Lunatic asylums Central Provinces reports 1895-1909 - 1895-1909
Year: 1895
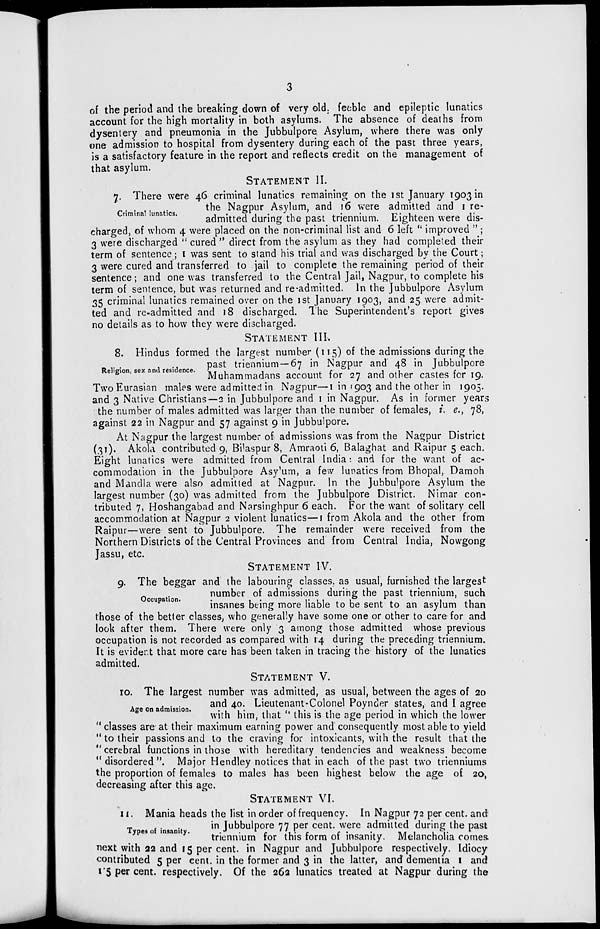
3
of the period and the breaking down of very old. feeble and epileptic lunatics
account for the high mortality in both asylums. The absence of deaths from
dysentery and pneumonia in the Jubbulpore Asylum, where there was only
one admission to hospital from dysentery during each of the past three years,
is a satisfactory feature in the report and reflects credit on the management of
that asylum.
STATEMENT II.
Criminal lunatics.
7. There were 46 criminal lunatics remaining on the 1st January 1903 in
the Nagpur Asylum, and 16 were admitted and 1 re-
admitted during the past triennium. Eighteen were dis-
charged, of whom 4 were placed on the non-criminal list and 6 left " improved " ;
3 were discharged " cured " direct from the asylum as they had completed their
term of sentence; I was sent to stand his trial and was discharged by the Court;
3 were cured and transferred to jail to complete the remaining period of their
sentence; and one was transferred to the Central Jail, Nagpur, to complete his
term of sentence, but was returned and re-admitted. In the Jubbulpore Asylum
35 criminal lunatics remained over on the 1st January 1903, and 25 were admit-
ted and readmitted and 18 discharged. The Superintendent's report gives
no details as to how they were discharged.
STATEMENT III.
Religion, sex and residence.
8. Hindus formed the largest number (115) of the admissions during the
past triennium—67 in Nagpur and 48 in Jubbulpore
Muhammadans account for 27 and other castes for 19.
Two Eurasian males were admitted in Nagpur—1 in 1903 and the other in 1905.
and 3 Native Christians—2 in Jubbulpore and 1 in Nagpur. As in former years
the number of males admitted was larger than the number of females, i.e., 78,
against 22 in Nagpur and 57 against 9 in Jubbulpore.
At Nagpur the largest number of admissions was from the Nagpur District
(31). Akola contributed 9, Bilaspur 8, Amraoti 6, Balaghat and Raipur 5 each.
Eight lunatics were admitted from Central India: and for the want of ac-
commodation in the Jubbulpore Asylum, a few lunatics from Bhopal, Damoh
and Mandla were also admitted at Nagpur. In the Jubbulpore Asylum the
largest number (30) was admitted from the Jubbulpore District. Nimar con-
tributed 7, Hoshangabad and Narsinghpur 6 each. For the want of solitary cell
accommodation at Nagpur 2 violent lunatics—1 from Akola and the other from
Raipur—were sent to Jubbulpore. The remainder were received from the
Northern Districts of the Central Provinces and from Central India, Nowgong
Jassu, etc.
STATEMENT IV.
Occupation.
9. The beggar and the labouring classes. as usual, furnished the largest
number of admissions during the past triennium, such
insanes being more liable to be sent to an asylum than
those of the better classes, who generally have some one or other to care for and
look after them. There were only 3 among those admitted whose previous
occupation is not recorded as compared with 14 during the preceding triennium.
It is evident that more care has been taken in tracing the history of the lunatics
admitted.
STATEMENT V.
Age on admission.
10. The largest number was admitted, as usual, between the ages of 20
and 40. Lieutenant-Colonel Poynder states, and I agree
with him, that " this is the age period in which the lower
" classes are at their maximum earning power and consequently most able to yield
" to their passions and to the craving for intoxicants, with the result that the
"cerebral functions in those with hereditary tendencies and weakness become
" disordered ". Major Hendley notices that in each of the past two trienniums
the proportion of females to males has been highest below the age of 20,
decreasing after this age.
STATEMENT VI.
Types of insanity.
11. Mania heads the list in order of frequency. In Nagpur 72 per cent. and
in Jubbulpore 77 per cent. were admitted during the past
triennium for this form of insanity. Melancholia comes
next with 22 and 15 per cent. in Nagpur and Jubbulpore respectively. Idiocy
contributed 5 per cent. in the former and 3 in the latter, and dementia 1 and
1.5 per cent. respectively. Of the 262 lunatics treated at Nagpur during the